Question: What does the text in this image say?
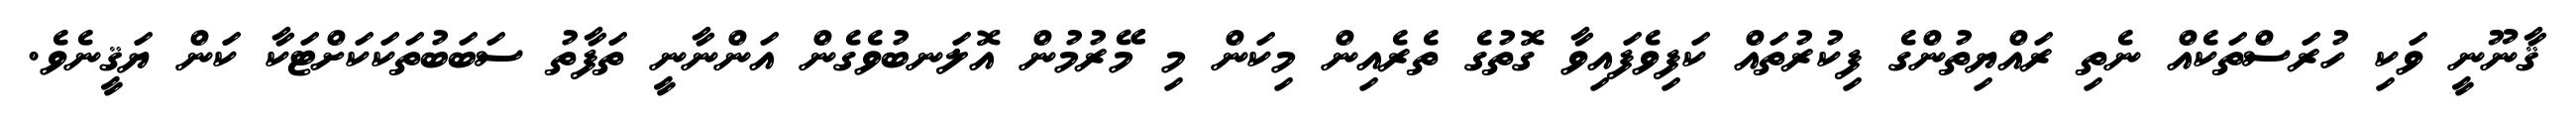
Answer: ޤާނޫނީ ވަކި ހުރަސްތަކެއް ނެތި ރައްޔިތުންގެ ފިކުރުތައް ކަފިވެފައިވާ ގޮތުގެ ތެރެއިން މިކަން މި މޭރުމުން އޮލަނބުވެގެން އަންނާނީ ތަފާތު ސަބަބުތަކަކަށްޓަކާ ކަން ޔަޤީނެވެ.